Annual administration and progress report of the Indian Medical Department, Bombay
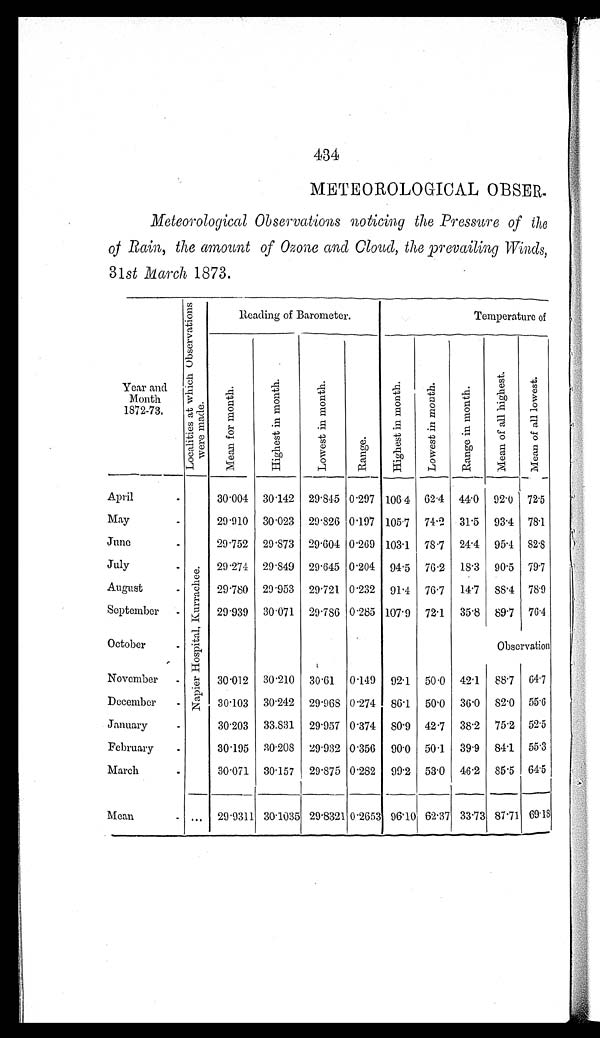
434
METEOROLOGICAL OBSER
Meteorological Observations noticing the Pressure of the
of Rain, the amount of Ozone and Cloud, the prevailing Winds,
31st March 1873.
Year and
Month
1872-73.
L o c a l i t i e s a t w h i c h O b s e r v a t i o n s w e r e m a d e .
Reading of Barometer.
Temperature of
M e a n f o r m o n t h .
H i g h e s t i n m o n t h .
L o w e s t i n m o n t h .
R a n g e .
H i g h e s t i n m o n t h .
L o w e s t i n m o n t h .
R a n g e i n m o n t h .
M e a n o f a l l h i g h e s t .
M e a n o f a l l l o w e s t .
April
N a p i e r H o s p i t a l , K u r r a c h e e .
30.004
30.142
29.845 0.297 106.4
62.4
44.0
92.0
72.5
May
29.910
30.023
29.826 0.197 105.7
74.2
31.5
93.4
78.1
June
29.752
29.873
29.604 0.269 103.1
78.7
24.4
95.4
82.8
July
29.274
29.849
29.645 0.204
94.5
76.2
18.3
90.5
79.7
August
29.780
29.953
29.721 0.232
91.4
76.7
14.7
88.4
78.9
September
29.939
30.071
29.786 0.285 107.9
72.1
35.8
89.7
76.4
October
Observation
November
30.012
30.210
30.61
0.149
92.1
50.0
42.1
88.7
64.7
December
30.103
30.242
29.968 0.274
86.1
50.0
36.0
82.0
55.6
January
30.203
33.831
29.957 0.374
80.9
42.7
38.2
75.2
52.5
February
30.195
30.208
29.932 0.356
90.0
50.1
39.9
84.1
55.3
March
30.071
30.157
29.875 0.282
99.2
53.0
46.2
85.5
64.5
Mean
. . . 29.9311
30.1035 29.8321 0.2653 96.10 62.37 33.73 87.71 69.18